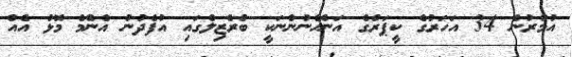
އުމުރުން 34 އަހަރުގެ ކީޕަރުގެ އަންހެނުންނަކީ ބްރެޒިލްގައި އުފެދުނު އެންމެ މޮޅު އެއް